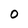
Character: O